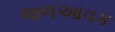
જળઆવક